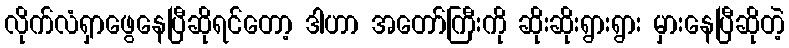
လိုက်လံရှာဖွေနေပြီဆိုရင်တော့ ဒါဟာ အတော်ကြီးကို ဆိုးဆိုးရွားရွား မှားနေပြီဆိုတဲ့